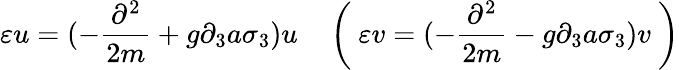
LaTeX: \varepsilon u=(-\frac{\partial^{2}}{2m}+g\partial_{3}a\sigma_{3})u\quad\left(\ \varepsilon v=(-\frac{\partial^{2}}{2m}-g\partial_{3}a\sigma_{3})v\ \right)